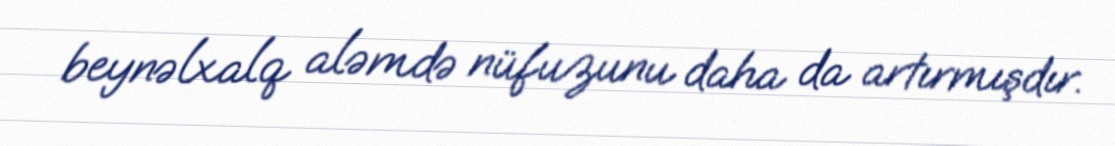
beynəlxalq aləmdə nüfuzunu daha da artırmışdır.